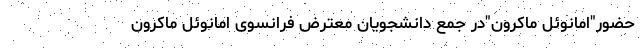
حضور"امانوئل ماکرون"در جمع دانشجویان معترض فرانسوی امانوئل ماکرون